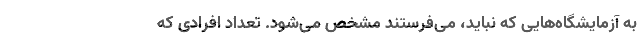
به آزمایشگاه‌هایی که نباید، می‌فرستند مشخص می‌شود. تعداد افرادی که